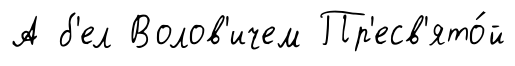
А б'ел Волов'ичем Пр'есв'ято́й